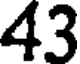
43